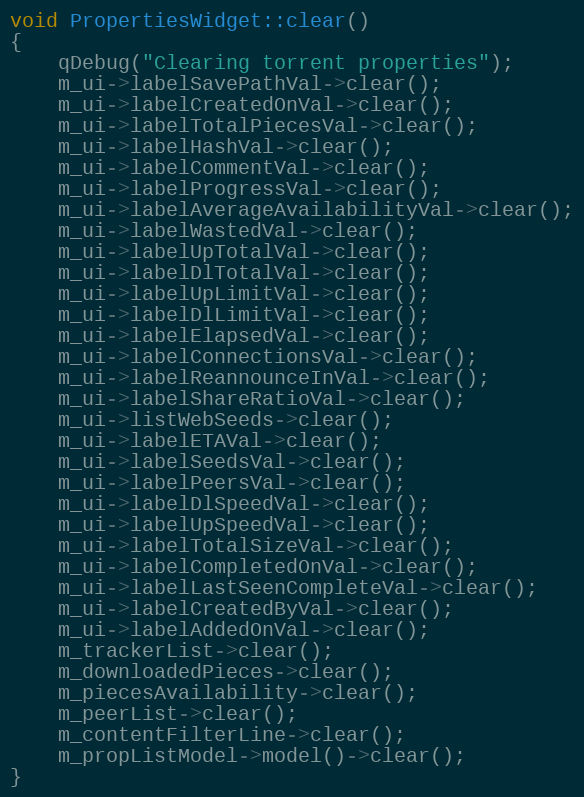
Language: C++
void PropertiesWidget::clear()
{
    qDebug("Clearing torrent properties");
    m_ui->labelSavePathVal->clear();
    m_ui->labelCreatedOnVal->clear();
    m_ui->labelTotalPiecesVal->clear();
    m_ui->labelHashVal->clear();
    m_ui->labelCommentVal->clear();
    m_ui->labelProgressVal->clear();
    m_ui->labelAverageAvailabilityVal->clear();
    m_ui->labelWastedVal->clear();
    m_ui->labelUpTotalVal->clear();
    m_ui->labelDlTotalVal->clear();
    m_ui->labelUpLimitVal->clear();
    m_ui->labelDlLimitVal->clear();
    m_ui->labelElapsedVal->clear();
    m_ui->labelConnectionsVal->clear();
    m_ui->labelReannounceInVal->clear();
    m_ui->labelShareRatioVal->clear();
    m_ui->listWebSeeds->clear();
    m_ui->labelETAVal->clear();
    m_ui->labelSeedsVal->clear();
    m_ui->labelPeersVal->clear();
    m_ui->labelDlSpeedVal->clear();
    m_ui->labelUpSpeedVal->clear();
    m_ui->labelTotalSizeVal->clear();
    m_ui->labelCompletedOnVal->clear();
    m_ui->labelLastSeenCompleteVal->clear();
    m_ui->labelCreatedByVal->clear();
    m_ui->labelAddedOnVal->clear();
    m_trackerList->clear();
    m_downloadedPieces->clear();
    m_piecesAvailability->clear();
    m_peerList->clear();
    m_contentFilterLine->clear();
    m_propListModel->model()->clear();
}